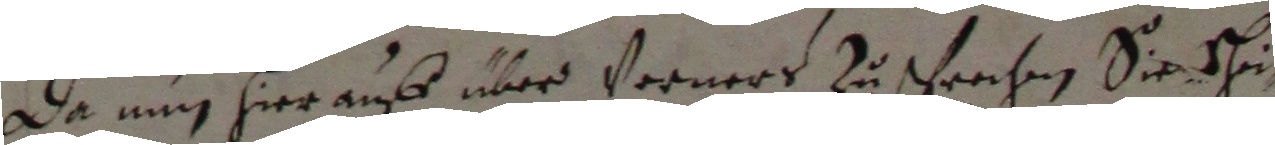
Da nun hier auff über vorners zusprechen sie schin